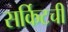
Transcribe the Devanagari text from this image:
सर्किटची